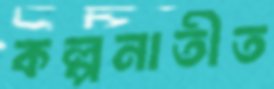
কল্পনাতীত